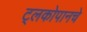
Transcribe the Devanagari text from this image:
ट्लकोपानचे